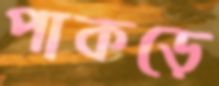
পাকড়ে